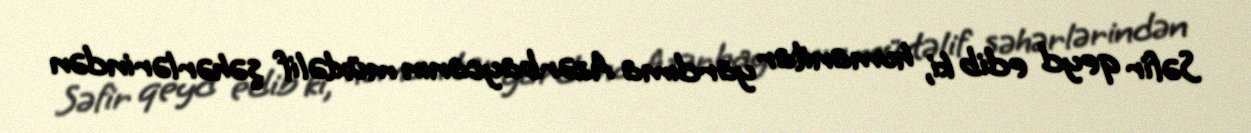
Səfir qeyd edib ki, humanitar yardıma Azərbaycanın müxtəlif şəhərlərindən